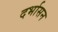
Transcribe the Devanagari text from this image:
दर्भासन